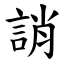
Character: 誚